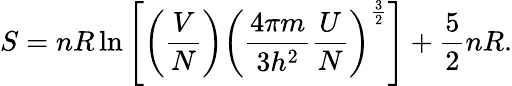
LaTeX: S=nR\ln\left[\left({\frac{V}{N}}\right)\left({\frac{4\pi m}{3h^{2}}}{\frac{U}{N}}\right)^{\frac{3}{2}}\right]+{\frac{5}{2}}nR.